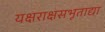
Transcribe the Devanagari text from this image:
यक्षराक्षसभूताद्या